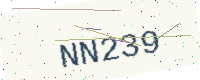
Text: NN239